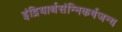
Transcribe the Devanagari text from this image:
इंद्रियार्थसंन्निकर्षजन्य